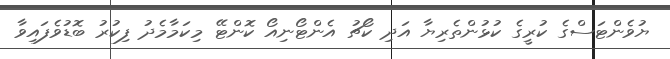
ޔުވެންޓަސްގެ ކުރީގެ ކުޅުންތެރިޔާ އަދި ކޯޗު އެންޓޯނިއޯ ކޮންޓޭ މިކަމާމެދު ފިކުރު ބޮޑުވެފައިވާ